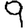
Digit: 9